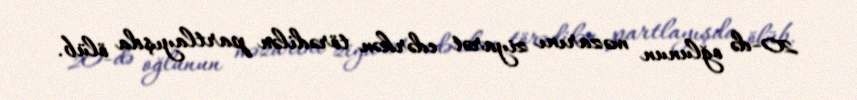
20-də oğlunun məzarını ziyarət edərkən törədilən partlayışda ölüb.